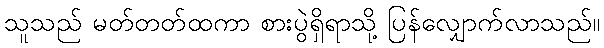
သူသည် မတ်တတ်ထကာ စားပွဲရှိရာသို့ ပြန်လျှောက်လာသည်။